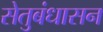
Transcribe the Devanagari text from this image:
सेतुबंधासन